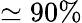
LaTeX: \simeq 90\%